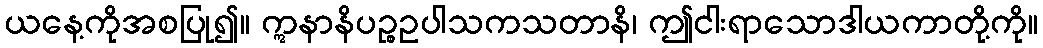
ယနေ့ကိုအစပြု၍။ ဣနာနိပဉ္စဥပါသကသတာနိ၊ ဤငါးရာသောဒါယကာတို့ကို။